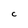
Character: C